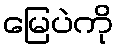
မြေပဲကို